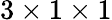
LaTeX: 3\times 1\times 1